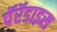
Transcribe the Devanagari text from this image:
पॅरॅडाइस